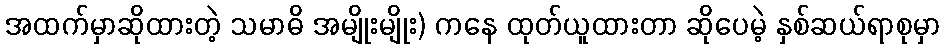
အထက်မှာဆိုထားတဲ့ သမာဓိ အမျိုးမျိုး) ကနေ ထုတ်ယူထားတာ ဆိုပေမဲ့ နှစ်ဆယ်ရာစုမှာ